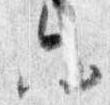
六